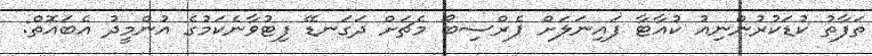
ތަފާތު ކުޑަކުރުންނިއު ކުއާޓާ ފައިނަލަށް ޕެރްސިބޯ މެޗަށް ދަގަނޑޭ ފިޓުވާނެކަމުގެ އުންމީދު އެބައޮތް: